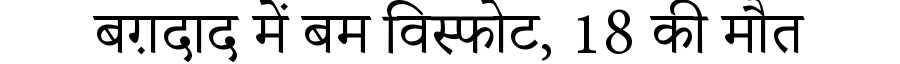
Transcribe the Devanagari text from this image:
बग़दाद में बम विस्फोट, 18 की मौत